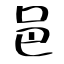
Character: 邑